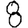
Digit: 8